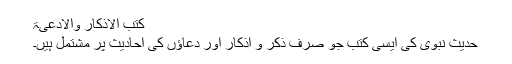
کتب الاذکار والادعیۃ
حدیث نبوی کی ایسی کتب جو صرف ذکر و اذکار اور دعاؤں کی احادیث پر مشتمل ہیں۔